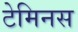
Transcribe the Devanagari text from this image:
टेमिनस